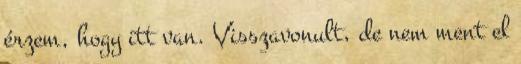
érzem, hogy itt van. Visszavonult, de nem ment el